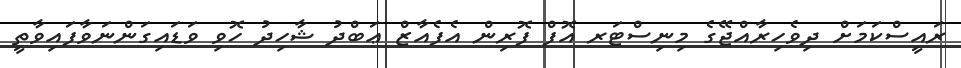
ރައީސްކަމަށް ދިވެހިރާއްޖޭގެ މިނިސްޓަރ އޮފް ފޮރިން އެފެއާޒް ޢަބްދު ޝާހިދު ހޮވި ވަޑައިގަންނަވާފައިވާތީ